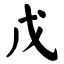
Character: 戊